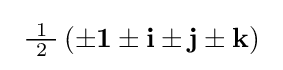
\ {\tfrac {\ 1\ }{2}}\left(\pm \mathbf {1} \pm \mathbf {i} \pm \mathbf {j} \pm \mathbf {k} \right)\